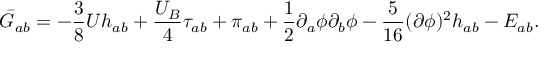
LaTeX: \bar { G } _ { a b } = - \frac { 3 } { 8 } U h _ { a b } + \frac { U _ { B } } { 4 } \tau _ { a b } + \pi _ { a b } + \frac { 1 } { 2 } \partial _ { a } \phi \partial _ { b } \phi - \frac { 5 } { 1 6 } ( \partial \phi ) ^ { 2 } h _ { a b } - E _ { a b } .